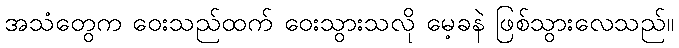
အသံတွေက ဝေးသည်ထက် ဝေးသွားသလို မေ့ခနဲ ဖြစ်သွားလေသည်။